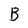
Character: B